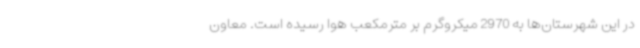
در این شهرستان‌ها به 2970 میکروگرم بر مترمکعب هوا رسیده است. معاون